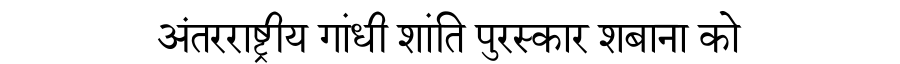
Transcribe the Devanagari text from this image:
अंतरराष्ट्रीय गांधी शांति पुरस्कार शबाना को